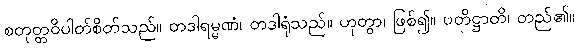
စတုတ္တဝိပါတ်စိတ်သည်။ တဒါရမ္မဏံ၊ တဒါရုံသည်။ ဟုတွာ၊ ဖြစ်၍။ ပတိဋ္ဌာတိ၊ တည်၏။